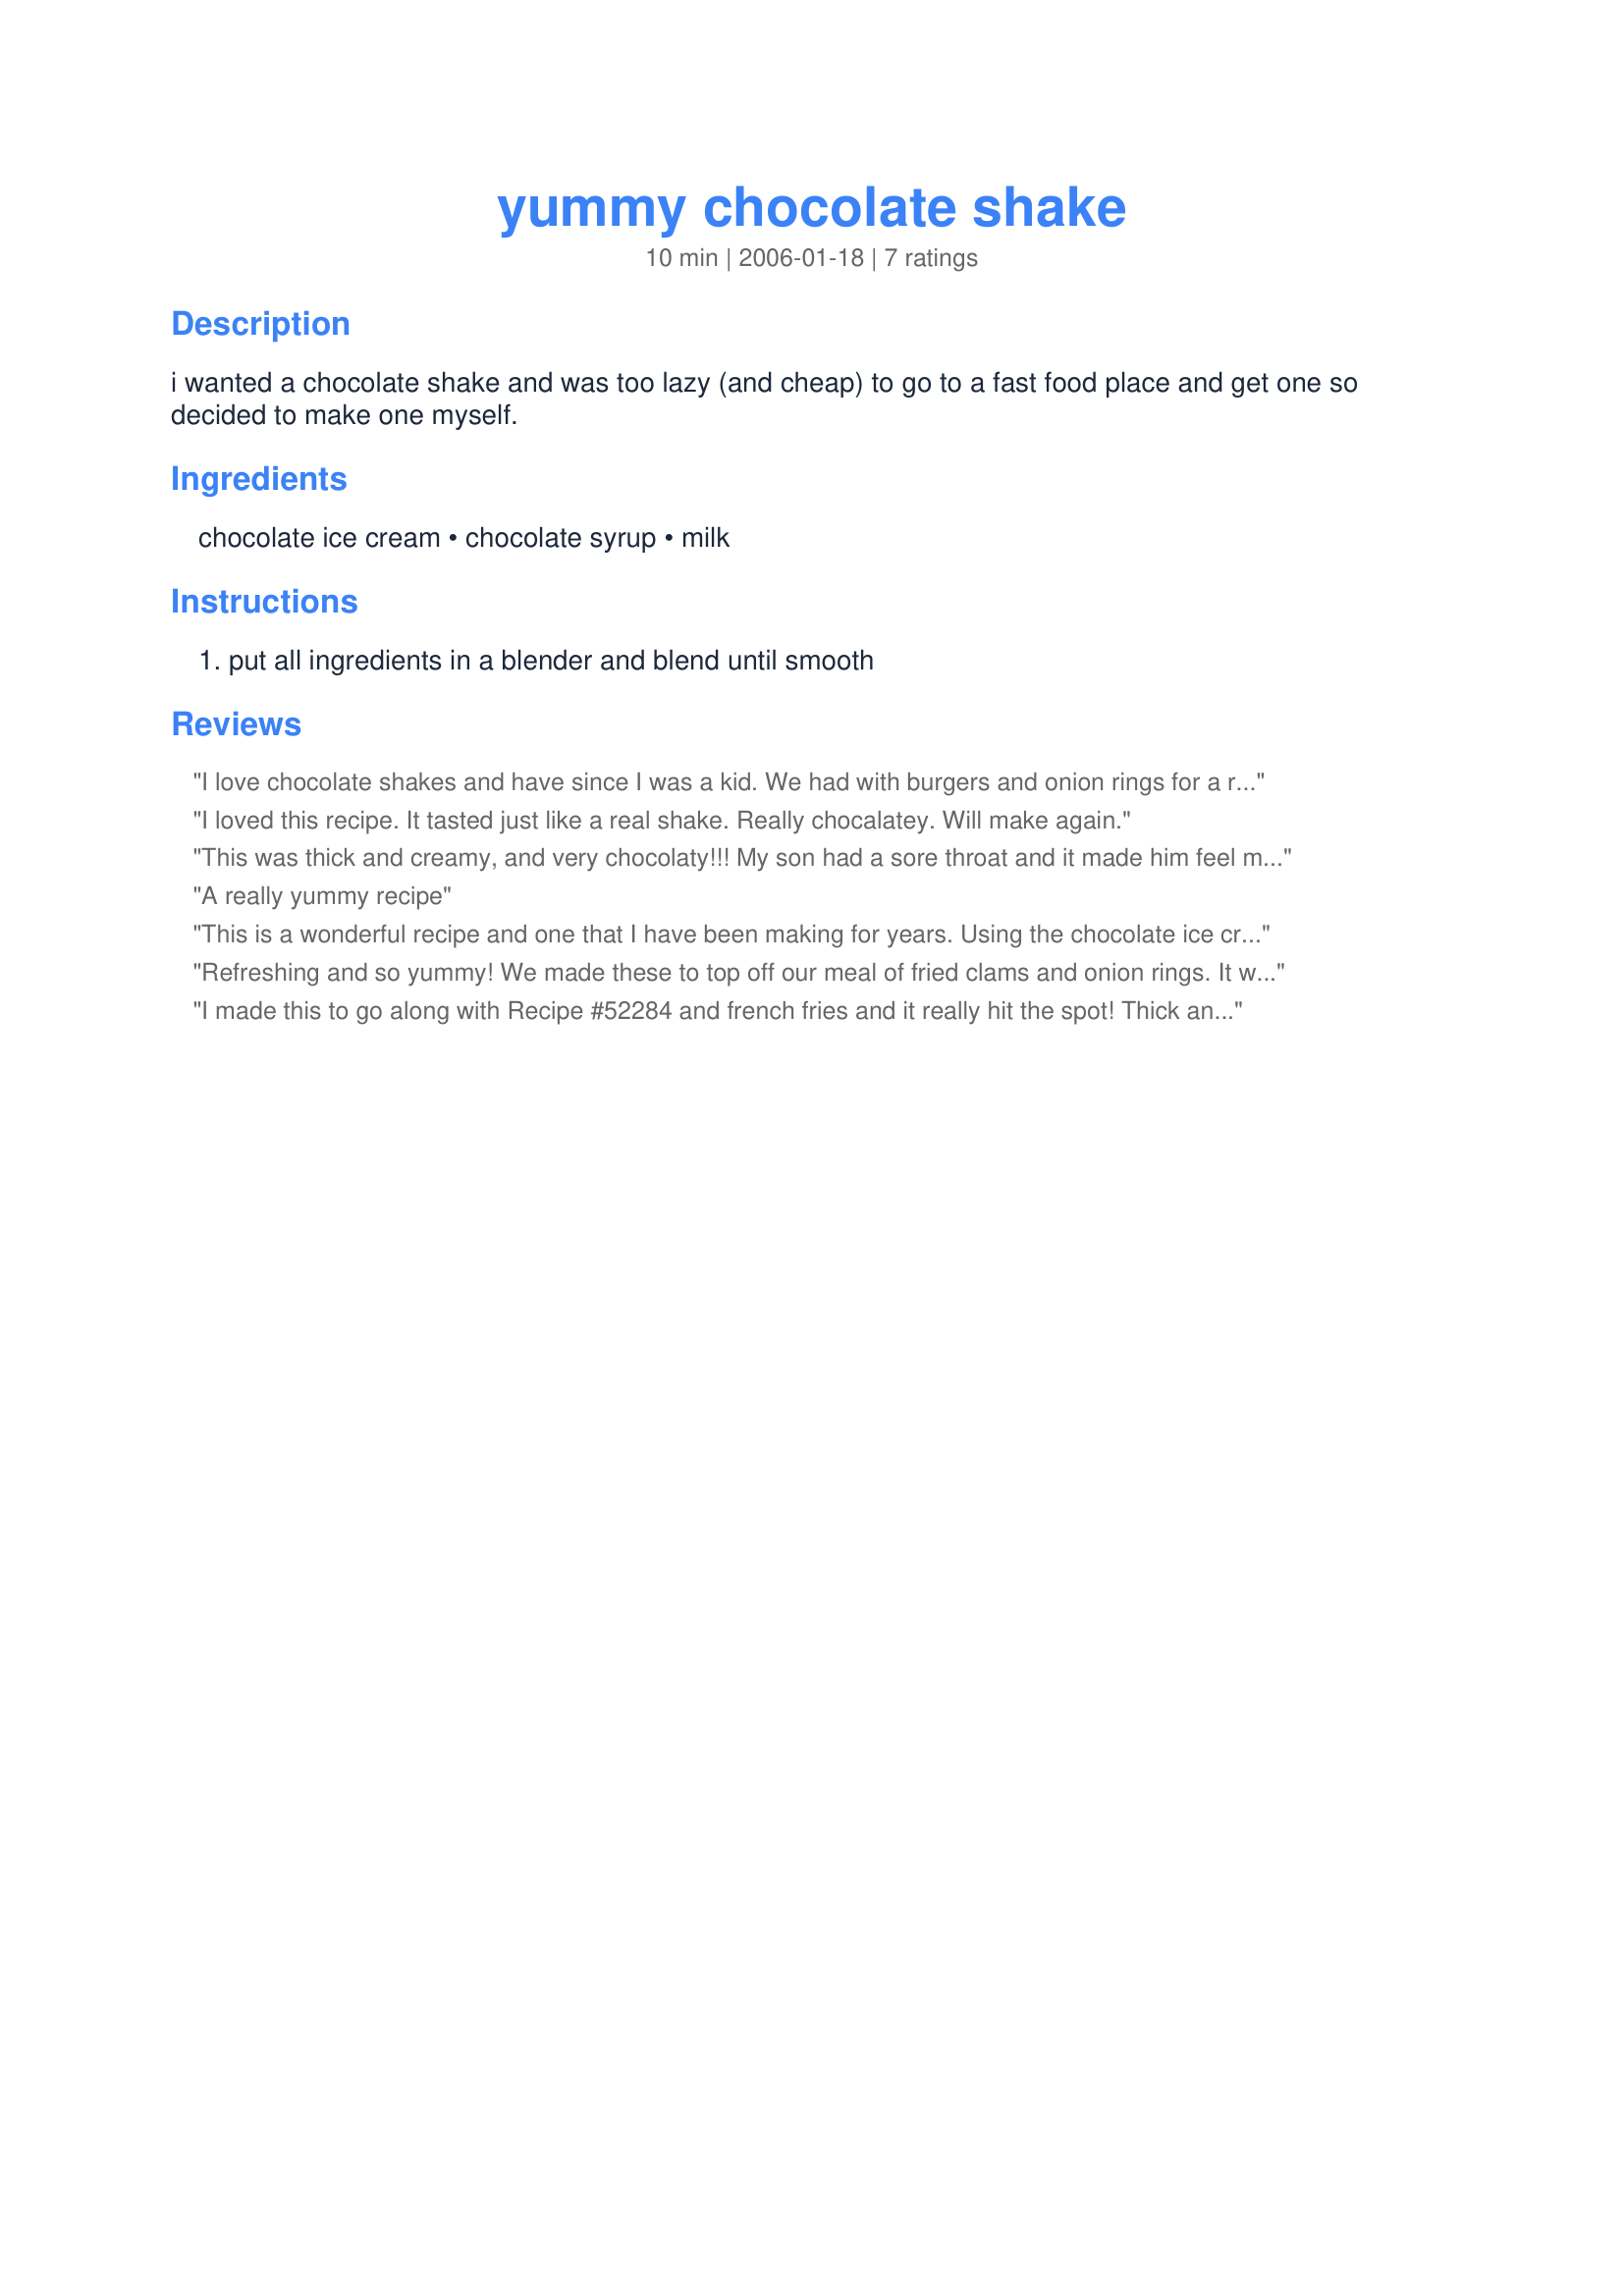
yummy chocolate shake
Preparation time: 10 minutes

i wanted a chocolate shake and was too lazy (and cheap) to go to a fast food place and get one so decided to make one myself.

Ingredients:
chocolate ice cream, chocolate syrup, milk

Steps:
put all ingredients in a blender and blend until smooth

Reviews:
I love chocolate shakes and have since I was a kid. We had with burgers and onion rings for a real treat! We loved these and my kids drank them down like they were in a race. These will taste so good this summer when it's hot. Great fix for that chocolate craving that I SO OFTEN have :)
I loved this recipe. It tasted just like a real shake. Really chocalatey. Will make again.
This was thick and creamy, and very chocolaty!!! My son had a sore throat and it made him feel much better. Thanks for posting!!!!
Karen
A really yummy recipe
This is a wonderful recipe and one that I have been making for years. Using the chocolate ice cream will help to intensify the chocolate flavor, but using vanilla ice cream and Hershey's Chocolate Syrup will provide excellent results as well. Always use the best quality ice cream available to you to provide the best results. Thanks for posting, looneytunesfan!
Refreshing and so yummy! We made these to top off our meal of fried clams and onion rings. It was an awesome shake and I could easily find myself sneaking out in the middle of the night to make me one of these (He heee!)
I made this to go along with Recipe #52284 and french fries and it really hit the spot! Thick and delicious and really brought back memories of my childhood, sitting at the soda fountain at the drug store sipping on my favorite drink! Will make again soon it was so good!
